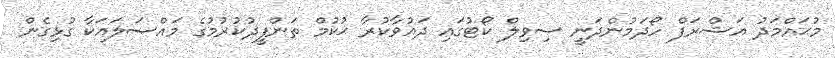
މުޙައްމަދު އަޝްރަފް ހޯދަމުންދަނީ ސިވިލް ކޯޓުގައި ދައުވާކުރާ ޙުކުމް ތަންފީޛުކުރުމުގެ މައްސަލައަކާ ގުޅިގެން